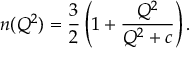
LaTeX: n ( Q ^ { 2 } ) = { \frac { 3 } { 2 } } \left( 1 + { \frac { Q ^ { 2 } } { Q ^ { 2 } + c } } \right) .